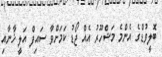
ބޮލީވުޑްގެ އެންމެ މަޝްހޫރު އެއް ޖޯޑު ކަމަށްވާ ސައިފް އަލީ ޚާނާއި